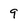
Character: 9